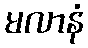
မလာနံ